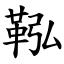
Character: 鞃